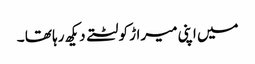
میں اپنی میراڑ کو لٹتے دیکھ رہا تھا ۔